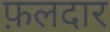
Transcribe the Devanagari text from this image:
फ़लदार